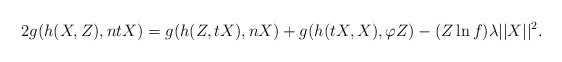
\begin{align*}2g(h(X,Z), ntX)=g(h(Z, tX), nX)+g(h(tX, X), \varphi Z)-(Z\ln f)\lambda\vert\vert X \vert\vert^{2}.\end{align*}